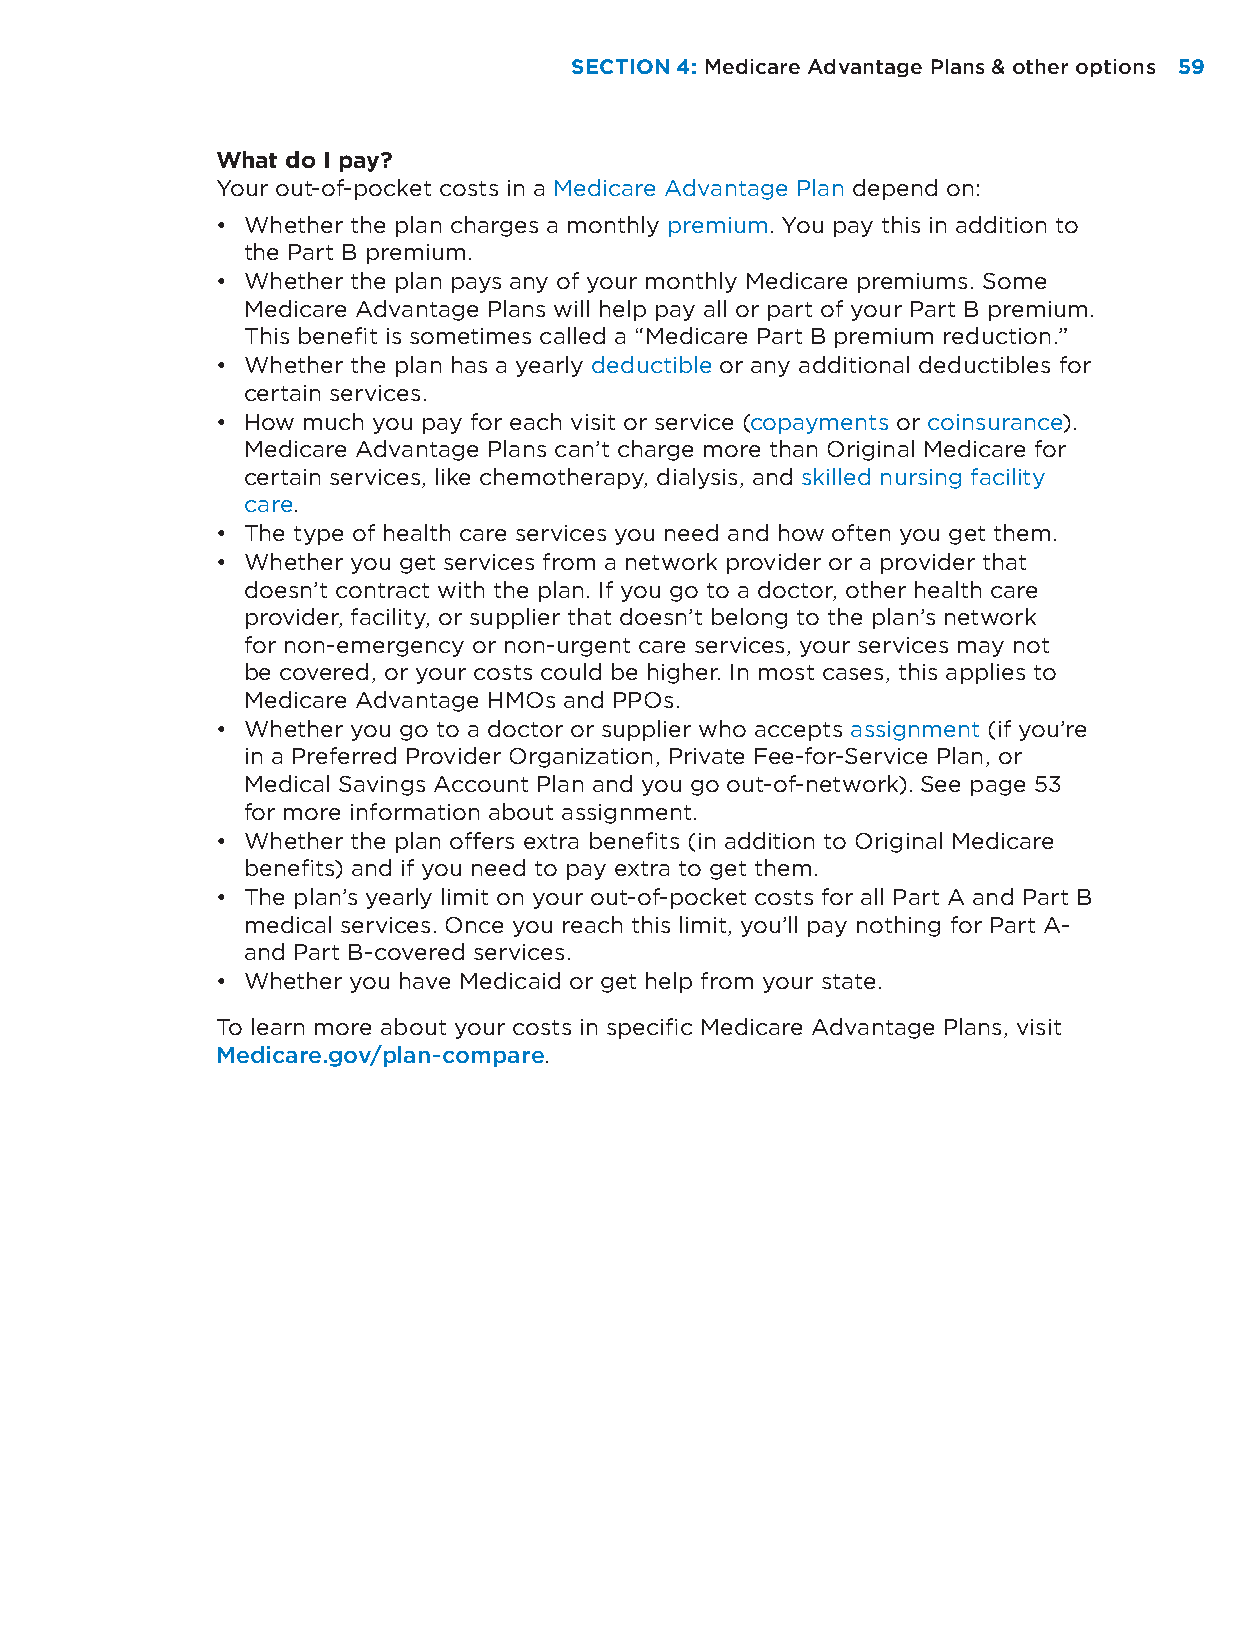
SECTION 4: Medicare Advantage Plans & other options 5599
 What do I pay?
 Your out-of-pocket costs in a Medicare Advantage Plan depend on:
 • Whether the plan charges a monthly premium. You pay this in addition to
 the Part B premium.
 • Whether the plan pays any of your monthly Medicare premiums. Some
 Medicare Advantage Plans will help pay all or part of your Part B premium.
 This benefit is sometimes called a “Medicare Part B premium reduction.”
 • Whether the plan has a yearly deductible or any additional deductibles for
 certain services.
 • How much you pay for each visit or service (copayments or coinsurance).
 Medicare Advantage Plans can’t charge more than Original Medicare for
 certain services, like chemotherapy, dialysis, and skilled nursing facility
 care.
 • The type of health care services you need and how often you get them.
 • Whether you get services from a network provider or a provider that
 doesn’t contract with the plan. If you go to a doctor, other health care
 provider, facility, or supplier that doesn’t belong to the plan’s network
 for non-emergency or non-urgent care services, your services may not
 be covered, or your costs could be higher. In most cases, this applies to
 Medicare Advantage HMOs and PPOs.
 • Whether you go to a doctor or supplier who accepts assignment (if you’re
 in a Preferred Provider Organization, Private Fee-for-Service Plan, or
 Medical Savings Account Plan and you go out-of-network). See page 53
 for more information about assignment.
 • Whether the plan offers extra benefits (in addition to Original Medicare
 benefits) and if you need to pay extra to get them.
 • The plan’s yearly limit on your out-of-pocket costs for all Part A and Part B
 medical services. Once you reach this limit, you’ll pay nothing for Part A-
 and Part B-covered services.
 • Whether you have Medicaid or get help from your state.
 To learn more about your costs in specific Medicare Advantage Plans, visit
 Medicare.gov/plan-compare.